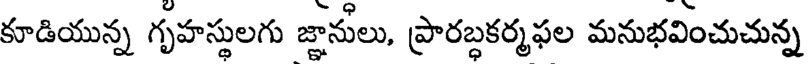
కూడియున్న గృహస్థులగు జ్ఞానులు, ప్రారబ్ధకర్మఫల మనుభవించుచున్న